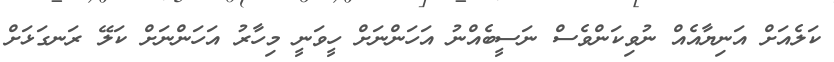
ކަލެއަށް އަނިޔާއެއް ނުވިކަންވެސް ނަސީބެއްނު އަހަންނަށް ހީވަނީ މިހާރު އަހަންނަށް ކަލޭ ރަނގަޅަށް